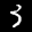
Label: 3